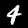
Digit: 4